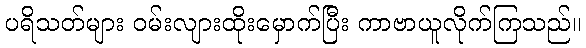
ပရိသတ်များ ဝမ်းလျားထိုးမှောက်ပြီး ကာဗာယူလိုက်ကြသည်။